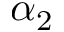
\alpha _ { 2 }